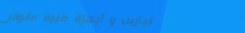
تجاريب و أجهزة طبية متوفر